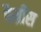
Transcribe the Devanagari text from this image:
फैब्रीस